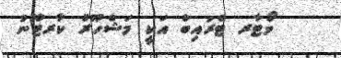
ވޯޓާރ ޓްރައިބް އަކީ މަޝްހޫރު ކާރޓޫނު